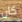
كان